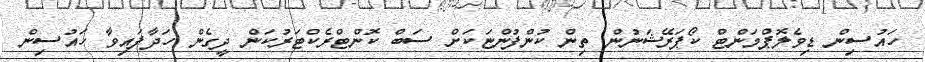
ހައުސިން ޑިވެލޮޕްމަންޓް ކޯޕަރޭޝަނުން ތިން ކުންފުންޏަކަށް ސަބް ކޮންޓްރެކްޓަރުކަން ދީގެން ހަދާފައިވާ ހައުސިން